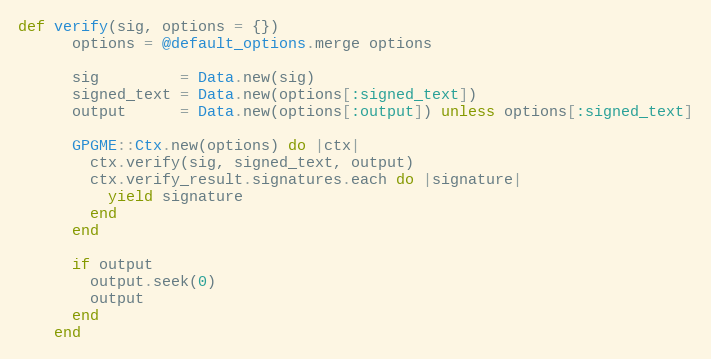
Language: Ruby
def verify(sig, options = {})
      options = @default_options.merge options

      sig         = Data.new(sig)
      signed_text = Data.new(options[:signed_text])
      output      = Data.new(options[:output]) unless options[:signed_text]

      GPGME::Ctx.new(options) do |ctx|
        ctx.verify(sig, signed_text, output)
        ctx.verify_result.signatures.each do |signature|
          yield signature
        end
      end

      if output
        output.seek(0)
        output
      end
    end